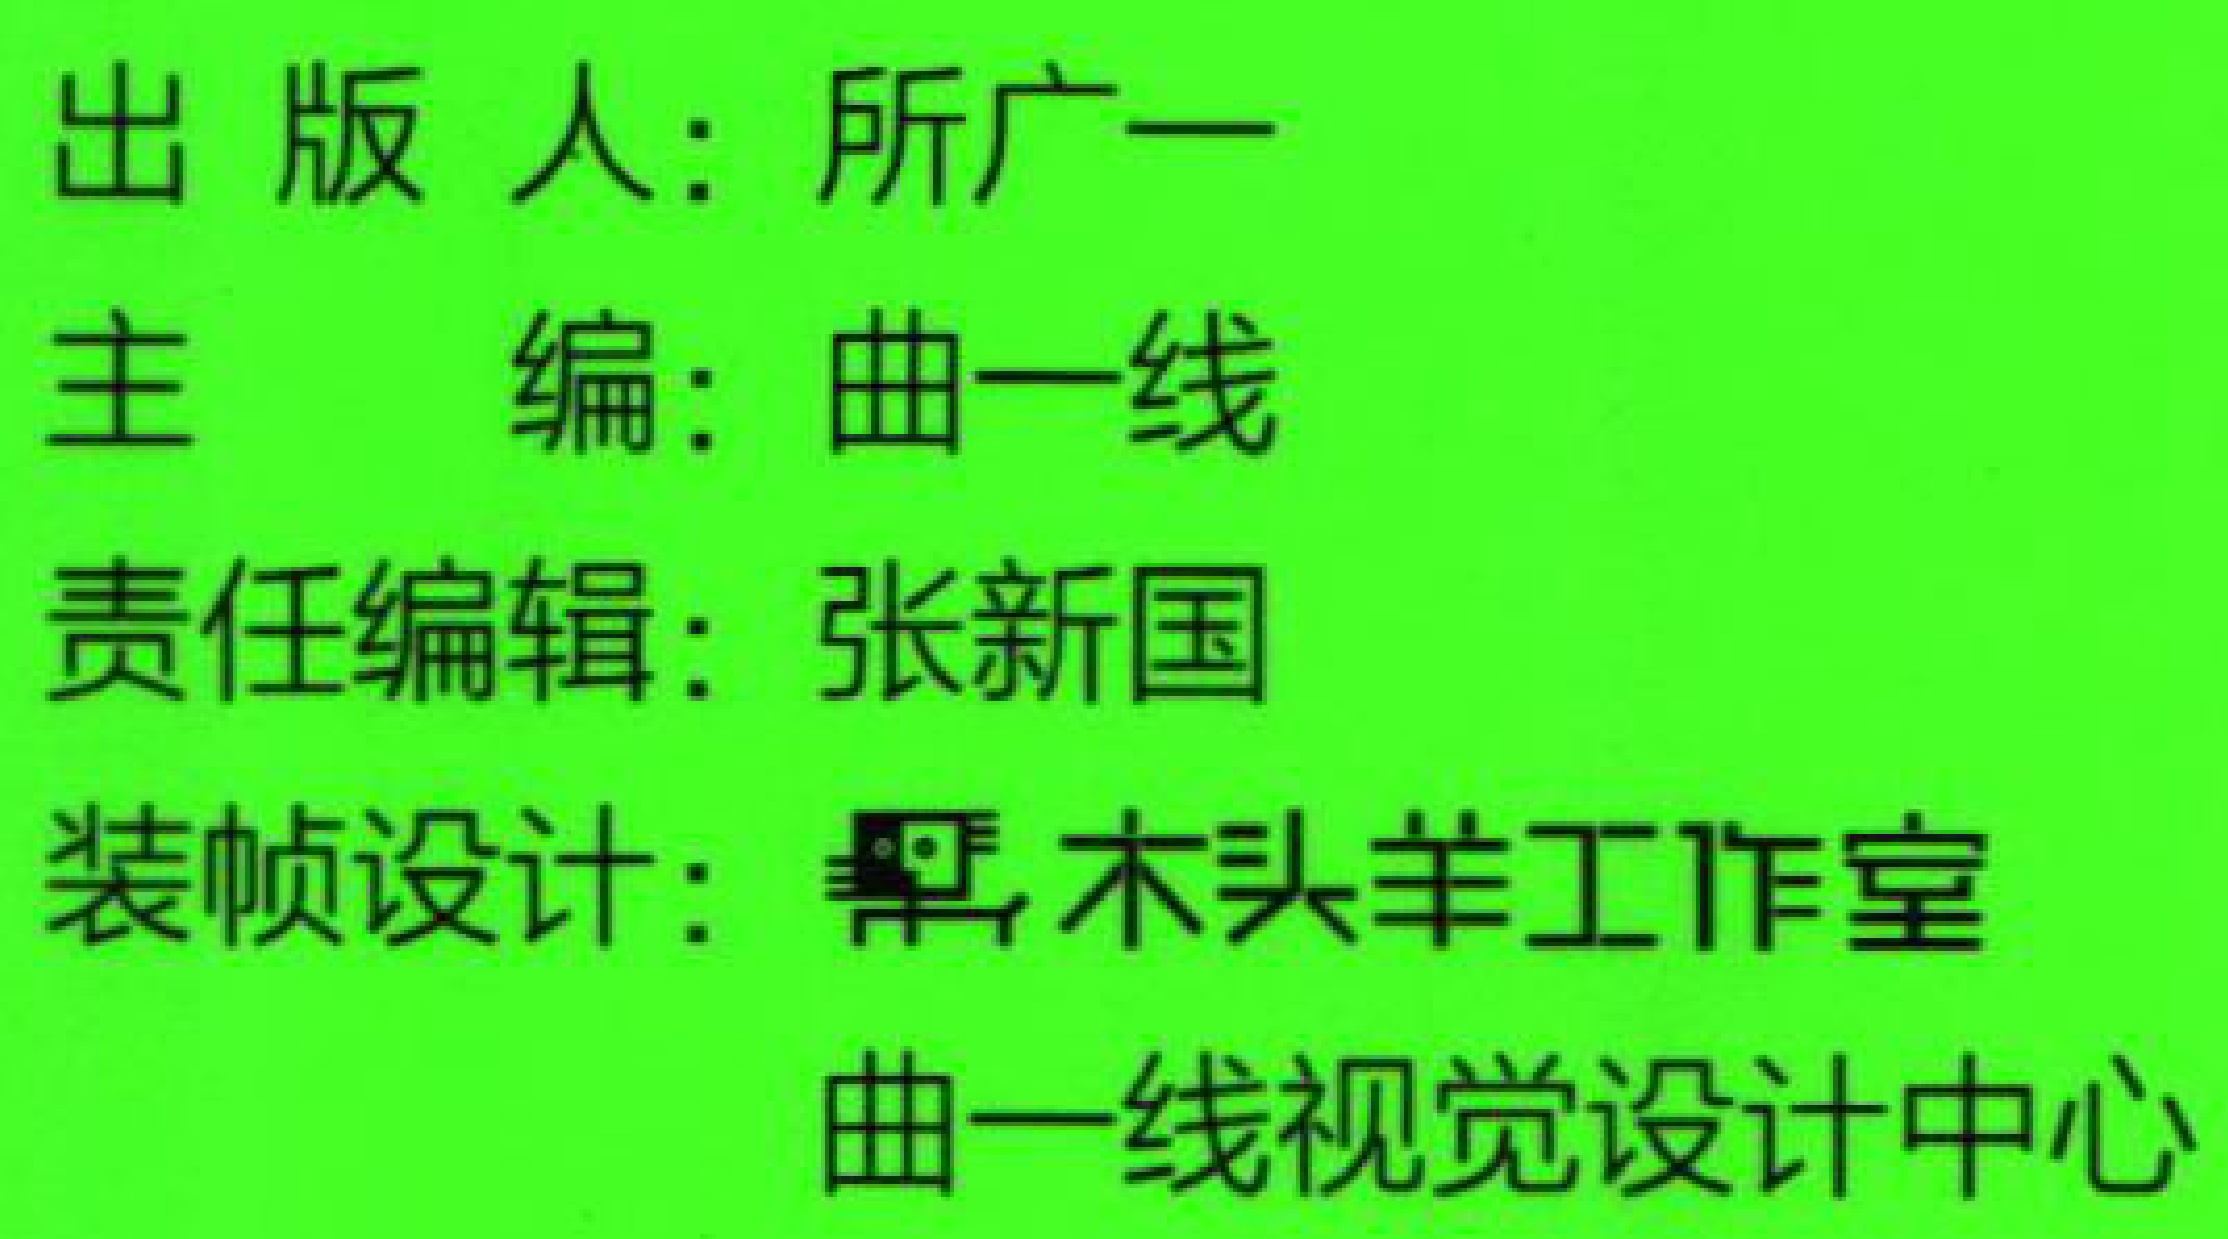
出版人：所广一

主  编：曲一线

责任编辑：张新国

装帧设计：黑木头羊工作室

曲一线视觉设计中心